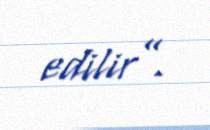
edilir”.